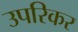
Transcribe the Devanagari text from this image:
उपरिकर